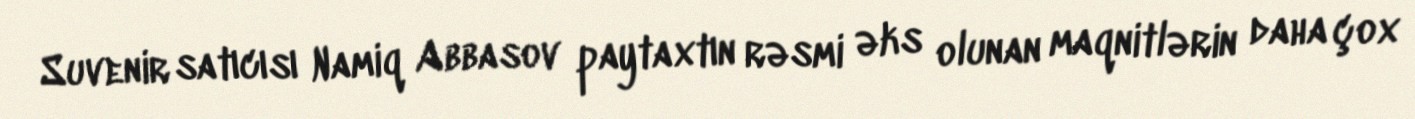
Suvenir satıcısı Namiq Abbasov paytaxtın rəsmi əks olunan maqnitlərin daha çox